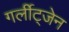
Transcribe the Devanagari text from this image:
गर्लीट्जेन